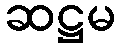
ဆဋ္ဌမ